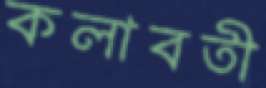
কলাবতী